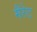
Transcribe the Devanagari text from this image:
मैरेट